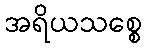
အရိယသစ္စေ